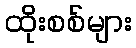
ထိုးစစ်များ